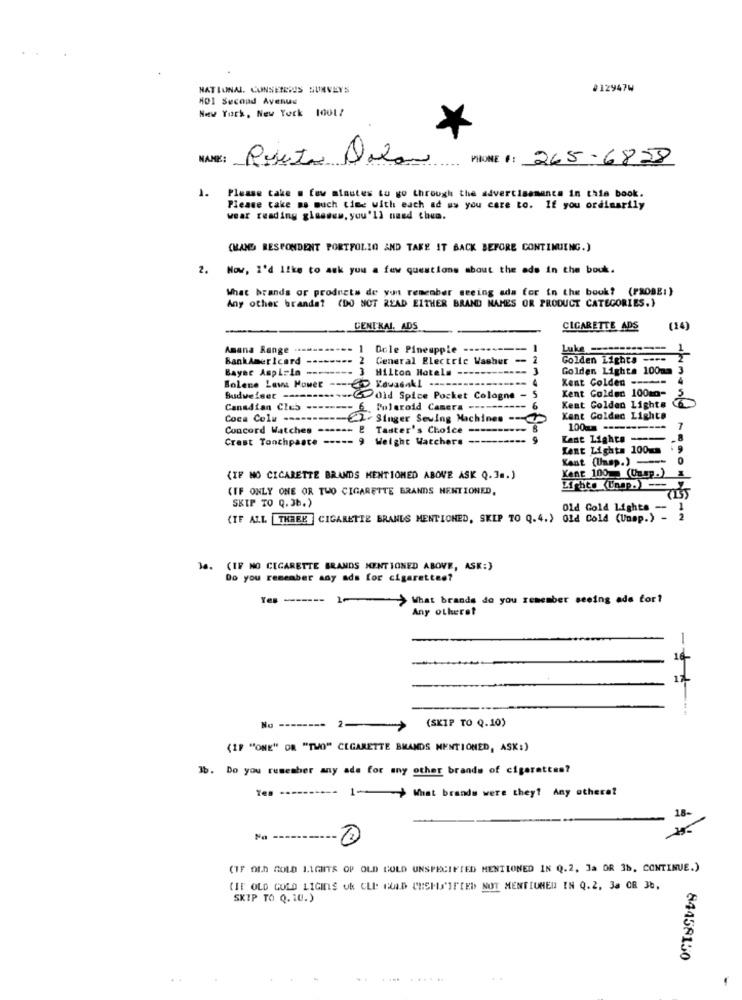
NATIONAL. CONSEREIUS SURVEYS
012947W
401 Second Avenue
New York, New York 1001?
NAME:
Resesta Dilan
PHONE #: 265-6828
1.
Please take . few minutes to go through the advertisements in this book.
Please take ms much time with each ad us you care to. If you ordinarily
wear reading glasses, you'll need them.
(HANG RESPONDENT PORTFOLIO AND TAKE IT BACK BEFORE CONTINUING.)
2.
Now, I'd like to ask you a few questions about the ads in the bouk.
What brands or products de yunt remember seeing ada for in the book? (PROBE:)
Any other brands? (DO NOT READ EITHER BRAND NAMES OR PRODUCT CATEGORIES.}
CENTRAL. ADS
CIGARETTE ADS
(14)
Amana Range
1
Dole Pineapple ----
BankAmericard --------
General Electric Washer -
Golden Lights ----
Bayer Aspizlo ------
3
Hilton Hotels --
Golden Lights 100mm
Kent Colden -----
Solene Lawn Mower ----
Kent Colder 100mo-
Budweiser ----
....--- did Spice Pocket Cologne
Canadian Cles --------
Polaroid Camera --
Kent Colden Light#
Coca Colu ----- €2-Singer Sewing Machines -
Kant Goldec Lights
Concord Watches ------
Taster's Choice --
100- ---------
Crest Toothpaste ----- 9 Weight Watchers
---------
Kent Lights-
Kent Lights 100mm
Kant (Unsp.) ---
(IF MO CIGARETTE BRANDS MENTIONED ABOVE ASK Q.3m.)
Kent 100 (Camp.)
(IF ONLY ONE OR TWO CIGARETTE BRANDS MENTIONED,
SKIP TO 0. 36.)
Old Gold Lights --
(IF ALL THREE CIGARETTE BRANLS MENTIONED, SKIP TO Q.4.) Old Cold (Unap.) - 2
3a. (IF NO CIGARETTE BRANDS MENTIONED ABOVE, ASK:)
Do you remember any ads for cigarettes?
>>> What brands do you remember seeing ade for?
Any otherst
2-
(SKIP TO Q.10)
(IP "ONE" OR "TWO" CIGARETTE BRANDS MENTIONED, ASK:)
Jb. Do you remember any ada for any other brands of cigarettes?
1- What brands were they? Any othere?
18-
25-
(IF OLD GOLD LIGHTS OP OLD GOLD UNSPECIFIED MENTIONED IN Q.2. Ja OR 3b, CONTINUE.)
CIF OLD GOLD LIGINS Uk CLE GULD CHEFS'IFIED NOT MENTIONED IN Q.2, 34 OR 3b,
SKIP TO Q. 10.)
84458150
..
... ......